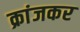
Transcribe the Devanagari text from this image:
क्रांजकर